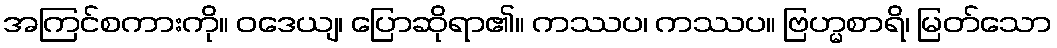
အကြင်စကားကို။ ဝဒေယျ၊ ပြောဆိုရာ၏။ ကဿပ၊ ကဿပ။ ဗြဟ္မစာရိ၊ မြတ်သော